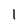
Character: 1